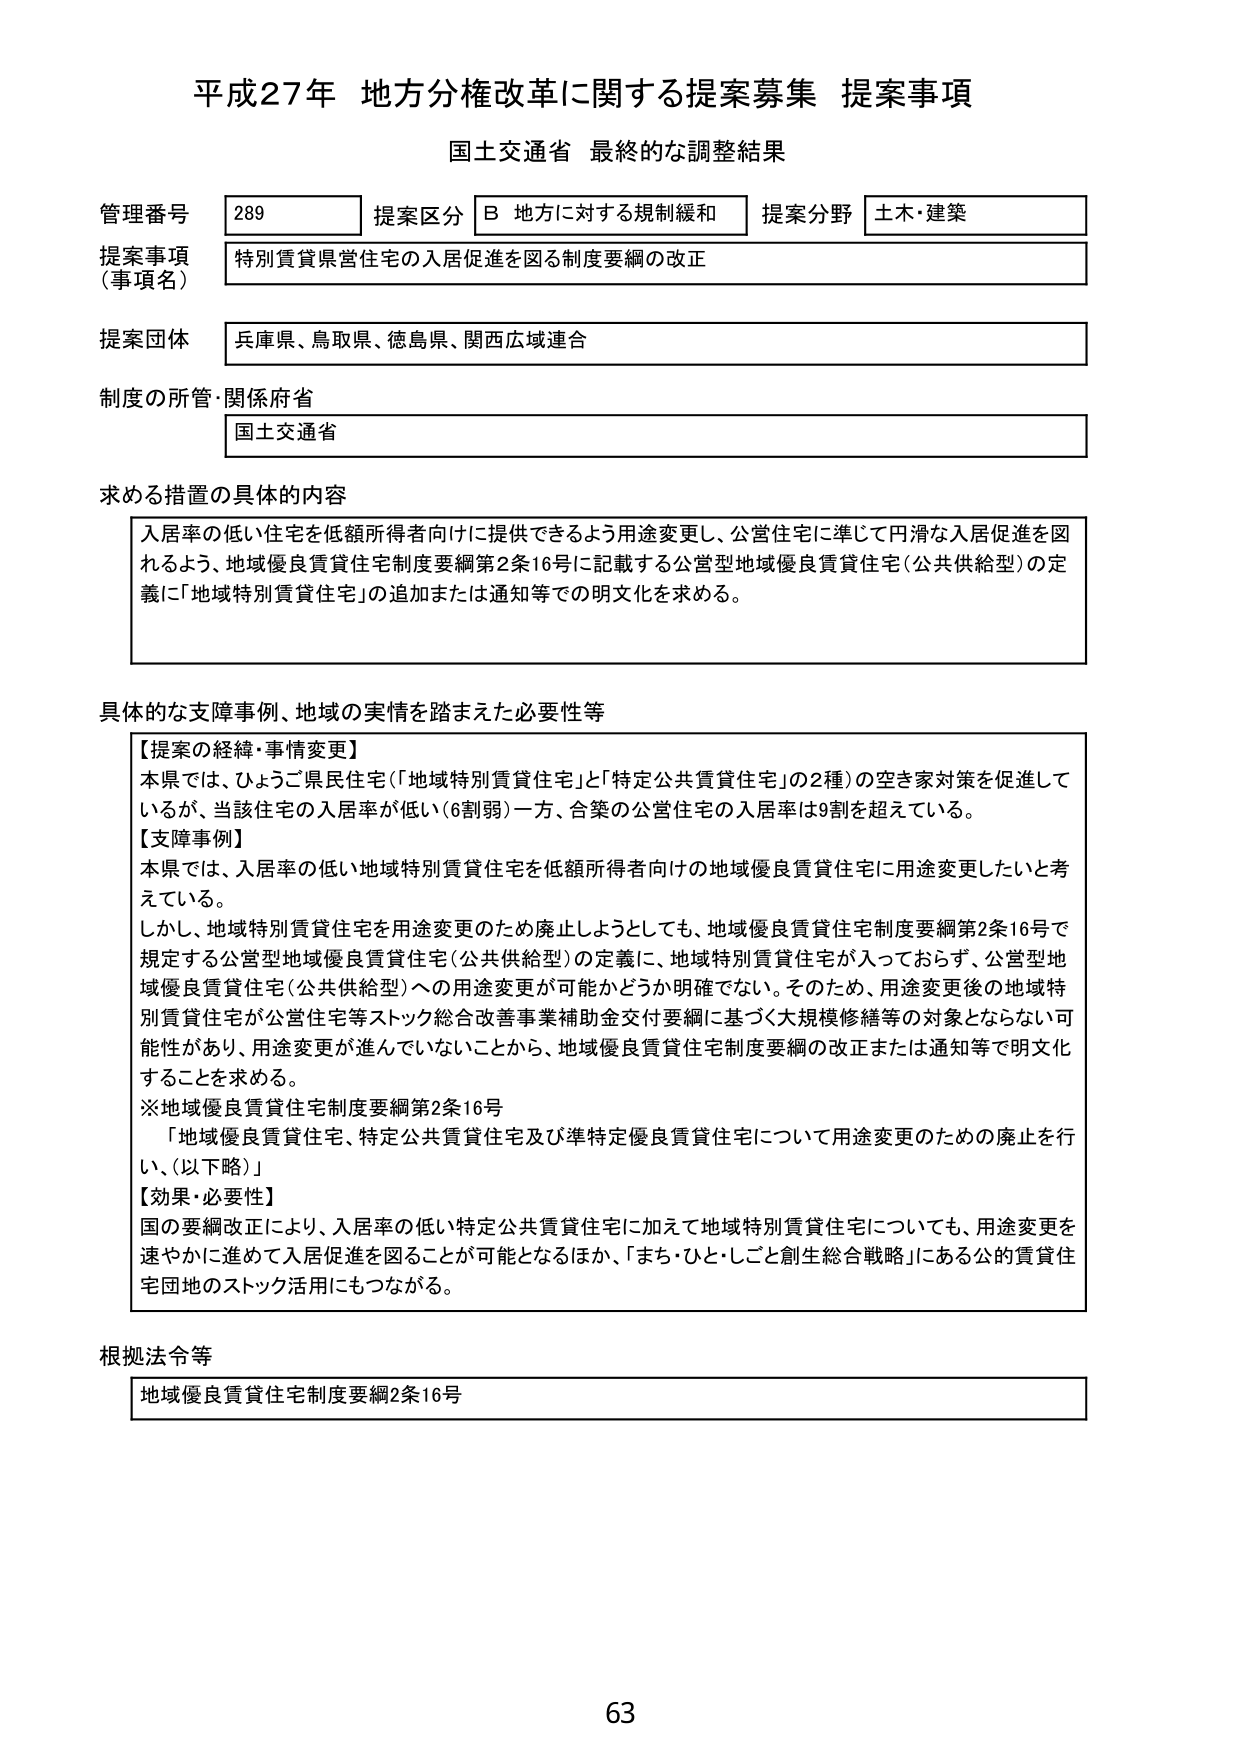
平成27年 地方分権改革に関する提案募集 提案事項
国土交通省 最終的な調整結果

管理番号 289 提案区分 B 地方に対する規制緩和 提案分野 土木・建築
提案事項（事項名） 特別賃貸県営住宅の入居促進を図る制度要綱の改正
提案団体 兵庫県、鳥取県、徳島県、関西広域連合
制度の所管・関係府省 国土交通省

求める措置の具体的内容
入居率の低い住宅を低額所得者向けに提供できるよう用途変更し、公営住宅に準じて円滑な入居促進を図れるよう、地域優良賃貸住宅制度要綱第2条16号に記載する公営型地域優良賃貸住宅（公共供給型）の定義に「地域特別賃貸住宅」の追加または通知等での明文化を求める。

具体的な支障事例、地域の実情を踏まえた必要性等
【提案の経緯・事情変更】
本県では、ひょうご県民住宅（「地域特別賃貸住宅」と「特定公共賃貸住宅」の2種）の空き家対策を促進しているが、当該住宅の入居率が低い（6割弱）一方、合築の公営住宅の入居率は9割を超えている。
【支障事例】
本県では、入居率の低い地域特別賃貸住宅を低額所得者向けの地域優良賃貸住宅に用途変更したいと考えている。
しかし、地域特別賃貸住宅を用途変更のため廃止しようとしても、地域優良賃貸住宅制度要綱第2条16号で規定する公営型地域優良賃貸住宅（公共供給型）の定義に、地域特別賃貸住宅が入っておらず、公営型地域優良賃貸住宅（公共供給型）への用途変更が可能かどうか明確でない。そのため、用途変更後の地域特別賃貸住宅が公営住宅等ストック総合改善事業補助金交付要綱に基づく大規模修繕等の対象とならない可能性があり、用途変更が進んでいないことから、地域優良賃貸住宅制度要綱の改正または通知等で明文化することを求める。
※地域優良賃貸住宅制度要綱第2条16号
「地域優良賃貸住宅、特定公共賃貸住宅及び準特定優良賃貸住宅について用途変更のための廃止を行い、（以下略）」
【効果・必要性】
国の要綱改正により、入居率の低い特定公共賃貸住宅に加えて地域特別賃貸住宅についても、用途変更を速やかに進めて入居促進を図ることが可能となるほか、「まち・ひと・しごと創生総合戦略」にある公的賃貸住宅団地のストック活用にもつながる。

根拠法令等
地域優良賃貸住宅制度要綱2条16号

63